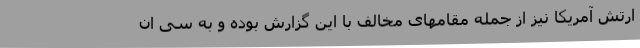
ارتش آمریکا نیز از جمله مقامهای مخالف با این گزارش بوده و به سی ان